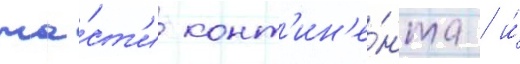
ча́ст'и конт'ин'е́нта / и́